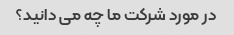
در مورد شرکت ما چه می دانید؟